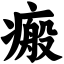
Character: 瘢